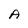
Character: A